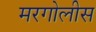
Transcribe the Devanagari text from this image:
मरगोलीस